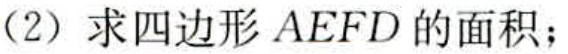
(2) 求四边形 \(AEFD\) 的面积；